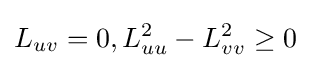
L_{uv}=0,L_{uu}^{2}-L_{vv}^{2}\geq 0